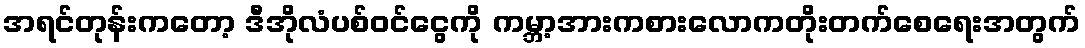
အရင်တုန်းကတော့ ဒီအိုလံပစ်ဝင်ငွေကို ကမ္ဘာ့အားကစားလောကတိုးတက်စေရေးအတွက်